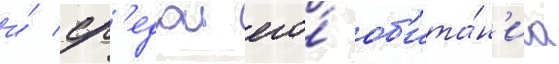
и́ ср'едои его́ об'ита́н'иа